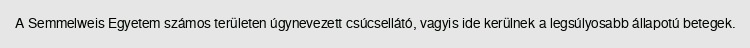
A Semmelweis Egyetem számos területen úgynevezett csúcsellátó, vagyis ide kerülnek a legsúlyosabb állapotú betegek.